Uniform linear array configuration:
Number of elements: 48
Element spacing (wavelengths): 0.75
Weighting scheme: uniform
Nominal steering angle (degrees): -15
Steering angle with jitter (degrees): -16.481
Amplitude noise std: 0.05
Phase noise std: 0.05

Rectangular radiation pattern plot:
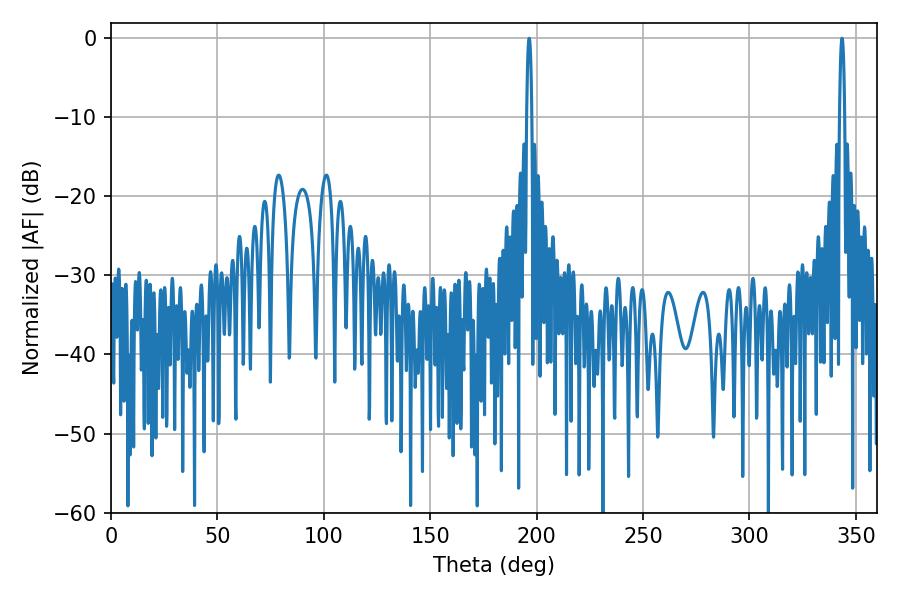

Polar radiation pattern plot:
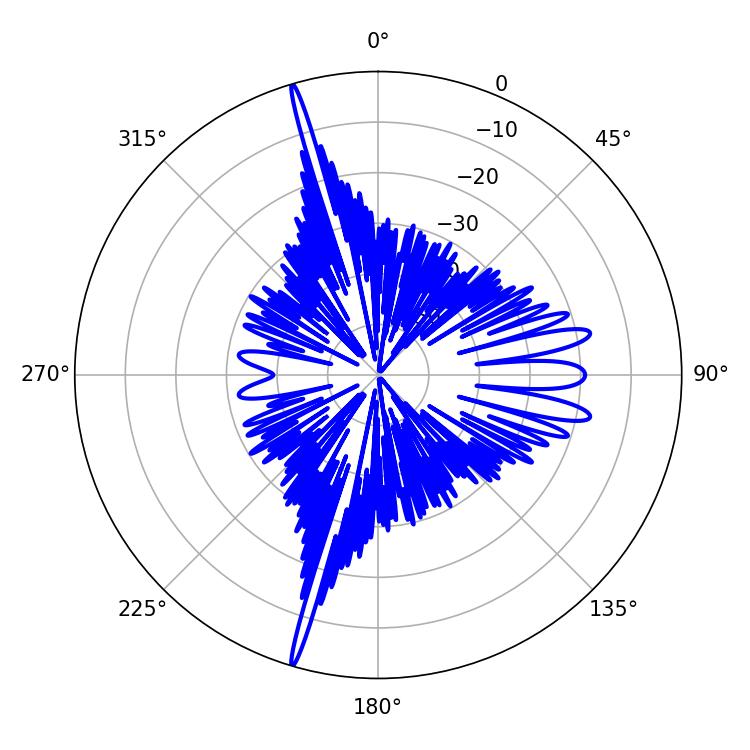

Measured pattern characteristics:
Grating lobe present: TRUE
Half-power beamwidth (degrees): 1.26
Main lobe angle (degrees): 343.44